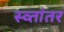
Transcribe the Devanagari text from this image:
स्व्तांतर